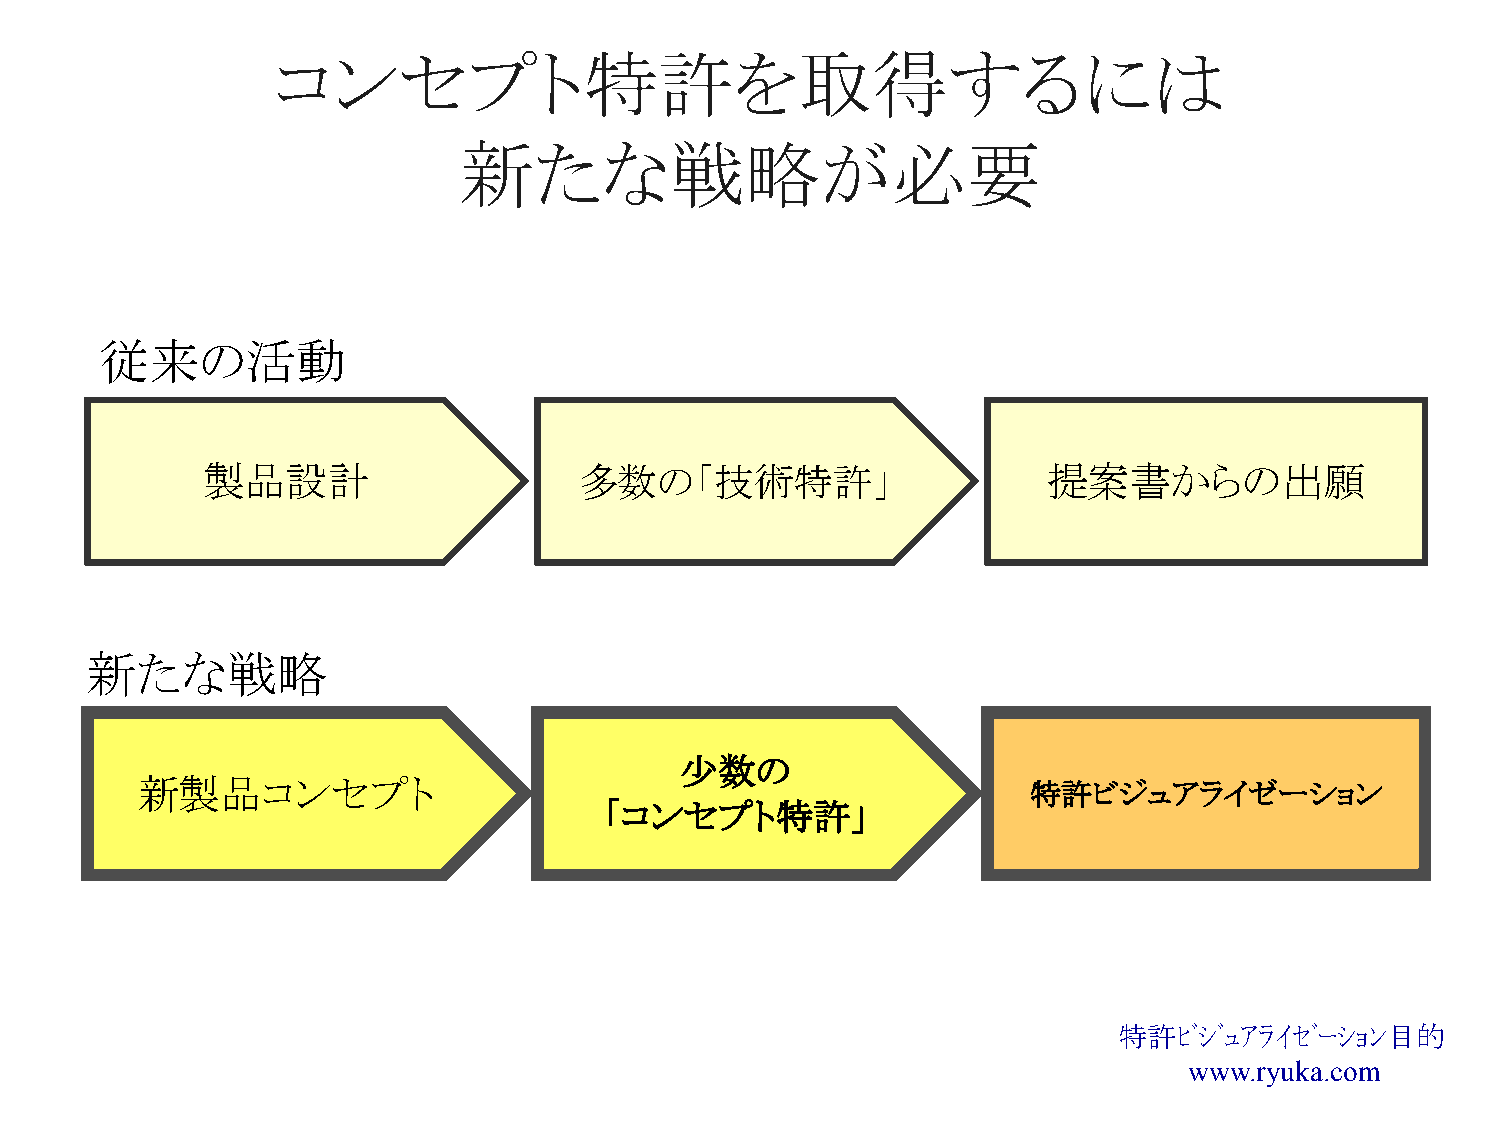
コンセプト特許を取得するには
 新たな戦略が必要
 従来の活動
 製品設計                     多数の「技術特許」                      提案書からの出願
 新たな戦略
 少数の
 新製品コンセプト                                                   特許ビジュアライゼーション
 「コンセプト特許」
 特許ﾋﾞｼﾞｭｱﾗｲｾﾞｰｼｮﾝ目的
 www.ryuka.com